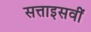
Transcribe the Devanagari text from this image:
सत्ताइसवीं